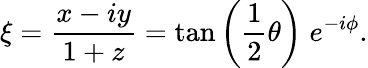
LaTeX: \xi={\frac{x-iy}{1+z}}=\tan\left({\frac{1}{2}}\theta\right)\; e^{-i\phi}.